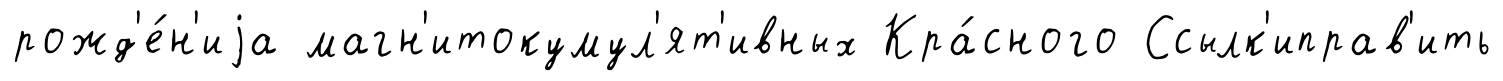
рожд'е́н'иjа магн'итокумул'ят'ивных Кра́сного Ссылк'иправ'ить